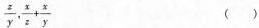
\frac { z } { y }$$，$$\frac { x } { z } + \frac { x } { y }$$ ( )